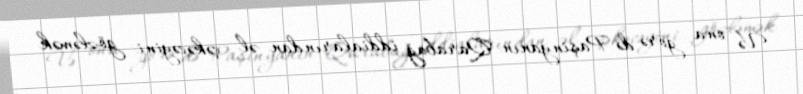
Və ona görə də Paşinyanın Qarabağ iddialarından əl çəkəcəyini gözləmək